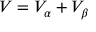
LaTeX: V = V _ { \alpha } + V _ { \beta }